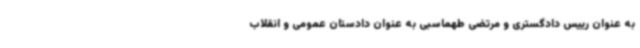
به عنوان رییس دادگستری و مرتضی طهماسبی به عنوان دادستان عمومی و انقلاب